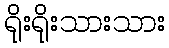
ရိုးရိုးသားသား